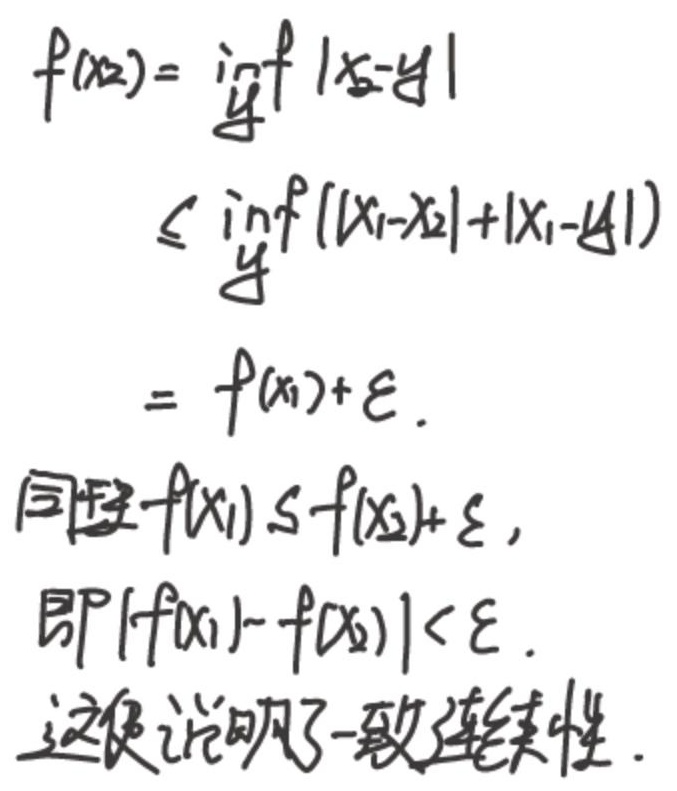
\[
\begin{align*}
f(x_2)&=\inf_{y}|x_2 - y|\\
&\leq\inf_{y}(|x_1 - x_2|+|x_1 - y|)\\
&=f(x_1)+\varepsilon.
\end{align*}
\]
同理\(f(x_1)\leq f(x_2)+\varepsilon\)，即\(|f(x_1)-f(x_2)|<\varepsilon\)。这便说明了一致连续性。